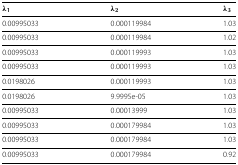
<table><thead><tr><td><b><i>λ</i><sub>1</sub></b></td><td><b><i>λ</i><sub><i>2</i></sub></b></td><td><b><i>λ</i><sub><i>3</i></sub></b></td></tr></thead><tbody><tr><td>0.00995033</td><td>0.000119984</td><td>1.03</td></tr><tr><td>0.00995033</td><td>0.000119984</td><td>1.02</td></tr><tr><td>0.00995033</td><td>0.000119993</td><td>1.03</td></tr><tr><td>0.00995033</td><td>0.000119993</td><td>1.03</td></tr><tr><td>0.0198026</td><td>0.000119993</td><td>1.03</td></tr><tr><td>0.0198026</td><td>9.9995e-05</td><td>1.03</td></tr><tr><td>0.00995033</td><td>0.00013999</td><td>1.03</td></tr><tr><td>0.00995033</td><td>0.000179984</td><td>1.03</td></tr><tr><td>0.00995033</td><td>0.000179984</td><td>1.03</td></tr><tr><td>0.00995033</td><td>0.000179984</td><td>0.92</td></tr></tbody></table>